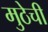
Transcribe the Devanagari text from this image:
मुठेची